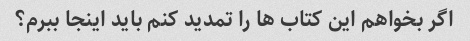
اگر بخواهم این کتاب ها را تمدید کنم باید اینجا ببرم؟